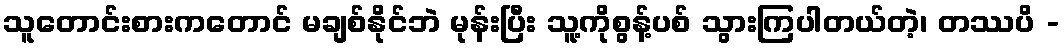
သူတောင်းစားကတောင် မချစ်နိုင်ဘဲ မုန်းပြီး သူ့ကိုစွန့်ပစ် သွားကြပါတယ်တဲ့၊ တဿပိ -